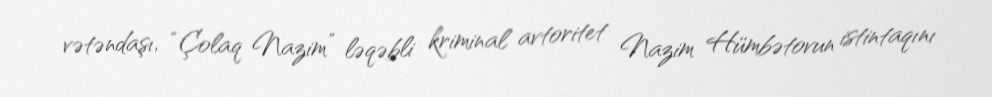
vətəndaşı, “Çolaq Nazim” ləqəbli kriminal avtoritet Nazim Hümbətovun istintaqını